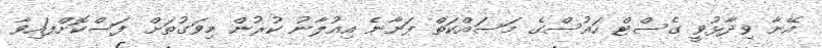
އޭނާ ވިދާޅުވީ ގެސްޓް ހައުސްގެ މަސައްކަތް ފަށާނެ އިއުލާނު ކުރުން މިވަގުތަށް ފަސްކޮށްފައިވާ